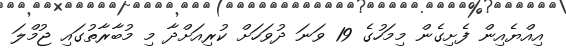
އިއްޔެއިން ފެށިގެން މިމަހުގެ 19 ވަނަ ދުވަހަށް ކުރިއަށްދާ މި މުބާރާތުގައި ޖުމްލަ